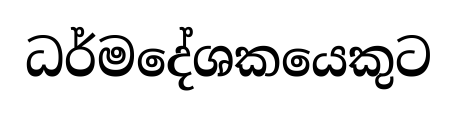
ධර්මදේශකයෙකුට